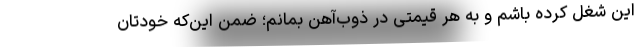
این شغل کرده باشم و به هر قیمتی در ذوب‌آهن بمانم؛ ضمن این‌که خودتان